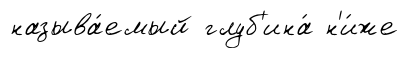
называ́емый глуб'ина́ н'и́же